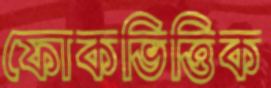
ফোকভিত্তিক